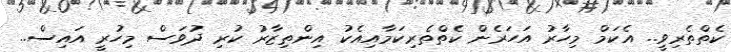
ކެތްތެރިވީ.. އެކަމް މިހާރު އަހަރެން ކެތްތެރިކަމާއިއެކު އިންތިޒާރު ކުރި ދުވަސް މިހުރީ އައިސް..